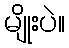
မျိုးပဲ။